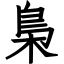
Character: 梟